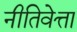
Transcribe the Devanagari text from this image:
नीतिवेत्ता